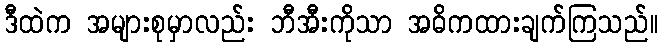
ဒီထဲက အများစုမှာလည်း ဘီအီးကိုသာ အဓိကထားချက်ကြသည်။